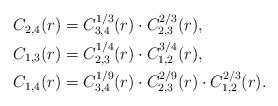
LaTeX: \begin{align*}\begin{aligned}C_{2,4}(r)&=C_{3,4}^{1/3}(r)\cdot C_{2,3}^{2/3}(r),\\C_{1,3}(r)&=C_{2,3}^{1/4}(r)\cdot C_{1,2}^{3/4}(r),\\C_{1,4}(r)&=C_{3,4}^{1/9}(r)\cdot C_{2,3}^{2/9}(r)\cdot C_{1,2}^{2/3}(r).\\\end{aligned}\end{align*}